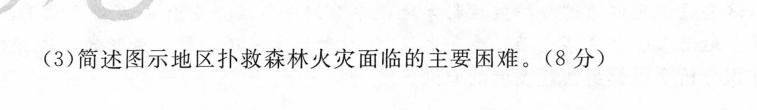
(3)简述图示地区扑救森林火灾面临的主要困难。(8分)